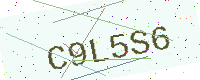
Text: C9L5S6